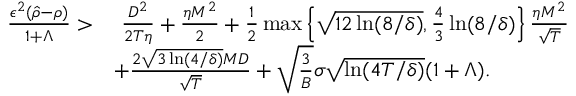
\begin{array} { r l } { \frac { \epsilon ^ { 2 } ( \hat { \rho } - \rho ) } { 1 + \Lambda } > } & { ~ \frac { D ^ { 2 } } { 2 T \eta } + \frac { \eta M ^ { 2 } } { 2 } + \frac { 1 } { 2 } \operatorname* { m a x } \left\{ \sqrt { 1 2 \ln ( 8 / \delta ) } , \frac { 4 } { 3 } \ln ( 8 / \delta ) \right\} \frac { \eta M ^ { 2 } } { \sqrt { T } } } \\ & { + \frac { 2 \sqrt { 3 \ln ( 4 / \delta ) } M D } { \sqrt { T } } + \sqrt { \frac { 3 } { B } } \sigma \sqrt { \ln ( 4 T / \delta ) } ( 1 + \Lambda ) . } \end{array}